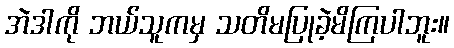
အဲဒါကို ဘယ်သူကမှ သတိမပြုခဲ့မိကြပါဘူး။